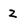
Character: Z